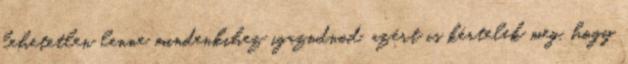
lehetetlen lenne mindenkihez igazodnod, azért is kértelek meg, hogy